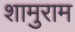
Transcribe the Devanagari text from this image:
शामुराम